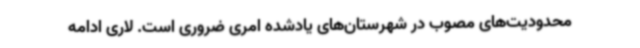
محدودیت‌های مصوب در شهرستان‌های یادشده امری ضروری است. لاری ادامه